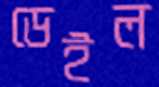
ডেইল